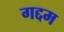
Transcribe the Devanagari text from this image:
गद्दम